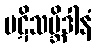
ပဋိသမ္ဘိဒါနံ